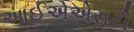
આઈએએસટી